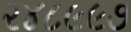
૨૪૮૯૯૭